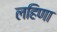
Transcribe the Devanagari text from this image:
लहिणा